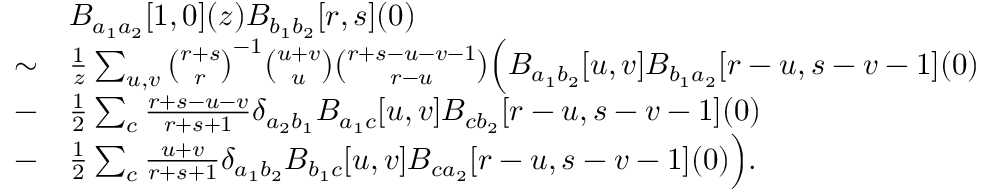
\begin{array} { r l } & { B _ { a _ { 1 } a _ { 2 } } [ 1 , 0 ] ( z ) B _ { b _ { 1 } b _ { 2 } } [ r , s ] ( 0 ) } \\ { \sim } & { \frac { 1 } { z } \sum _ { u , v } \binom { r + s } { r } ^ { - 1 } \binom { u + v } { u } \binom { r + s - u - v - 1 } { r - u } \Bigl ( B _ { a _ { 1 } b _ { 2 } } [ u , v ] B _ { b _ { 1 } a _ { 2 } } [ r - u , s - v - 1 ] ( 0 ) } \\ { - } & { \frac { 1 } { 2 } \sum _ { c } \frac { r + s - u - v } { r + s + 1 } \delta _ { a _ { 2 } b _ { 1 } } B _ { a _ { 1 } c } [ u , v ] B _ { c b _ { 2 } } [ r - u , s - v - 1 ] ( 0 ) } \\ { - } & { \frac { 1 } { 2 } \sum _ { c } \frac { u + v } { r + s + 1 } \delta _ { a _ { 1 } b _ { 2 } } B _ { b _ { 1 } c } [ u , v ] B _ { c a _ { 2 } } [ r - u , s - v - 1 ] ( 0 ) \Bigr ) . } \end{array}